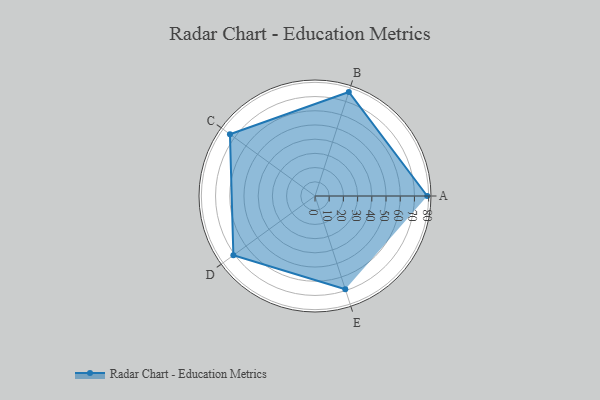
{"axis": {"x": "Skill", "y": "Score"}, "legend": ["Profile"], "data": [{"x": "A", "y": 79.0, "type": "Profile"}, {"x": "B", "y": 77.0, "type": "Profile"}, {"x": "C", "y": 74.0, "type": "Profile"}, {"x": "D", "y": 71.0, "type": "Profile"}, {"x": "E", "y": 69.0, "type": "Profile"}]}